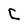
Character: C